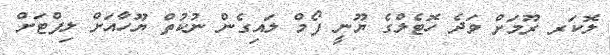
ލޮކަރ ރޫމަށް ވަދެ ހޮޓެލްގެ ޔޫނީ ފޯމް ލައިގެން ނުކުތް ޔޫހާއަށް ލިފްޓަށް